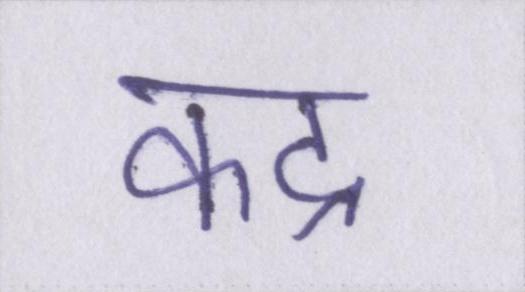
कद्र